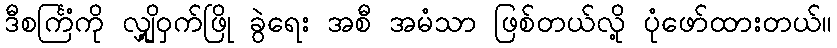
ဒီစင်္ကြံကို လျှို့ဝှက်ဖြို ခွဲရေး အစီ အမံသာ ဖြစ်တယ်လို့ ပုံဖော်ထားတယ်။